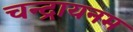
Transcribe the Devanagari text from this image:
चन्द्रायनम